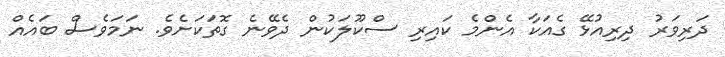
ދަރިވަރު ދިރިއުޅޭ ގެއަކާ އެންމެ ކައިރި ސްކޫލަކުން ދެވޭނެ ގޮތަކަށެވެ. ނަމަވެސް ބައެއް